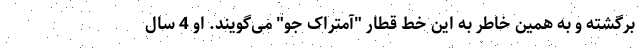
برگشته و به همین خاطر به این خط قطار "آمتراک جو" می‌گویند. او 4 سال